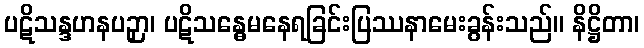
ပဋိသန္ဒဟနပဉှာ၊ ပဋိသန္ဓေမနေရခြင်းပြဿနာမေးခွန်းသည်။ နိဋ္ဌိတာ၊